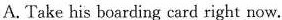
A. Take his boarding card right now.